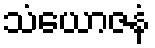
သံယောဇနံ